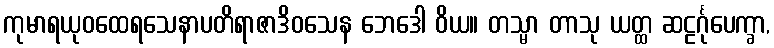
ကုမာရယုဝထေရသေနာပတိရာဇာဒိဝသေန ဘေဒေါ ဝိယ။ တသ္မာ တာသု ယတ္ထ ဆဠင်္ဂုပေက္ခာ,